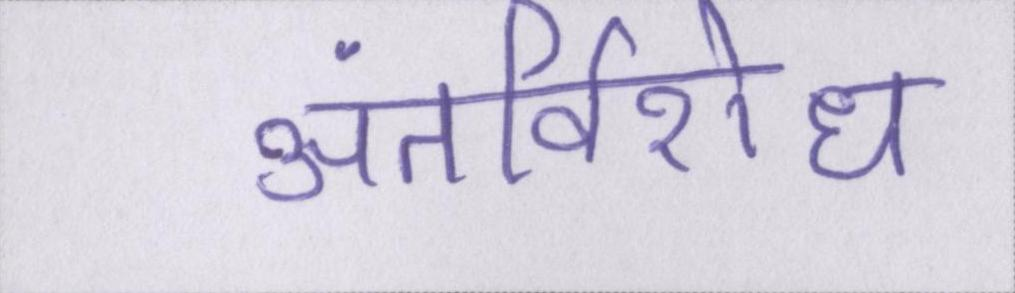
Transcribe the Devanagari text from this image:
अंतर्विरोध